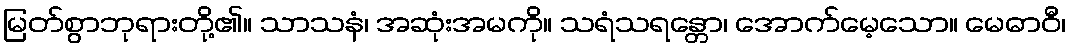
မြတ်စွာဘုရားတို့၏။ သာသနံ၊ အဆုံးအမကို။ သရံသရန္တော၊ အောက်မေ့သော။ မေဓာဝီ၊